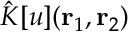
\hat { K } [ u ] ( { \mathbf { r } _ { 1 } } , { \mathbf { r } _ { 2 } } )